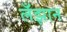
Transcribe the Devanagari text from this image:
लँझान